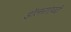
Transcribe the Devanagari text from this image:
डॉलरांएवढी